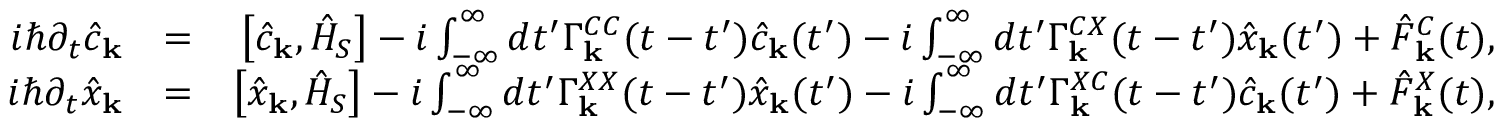
\begin{array} { r l r } { i \hbar \partial _ { t } \hat { c } _ { \bf k } } & { = } & { \left[ \hat { c } _ { \bf k } , \hat { H } _ { S } \right] - i \int _ { - \infty } ^ { \infty } d t ^ { \prime } \Gamma _ { \bf k } ^ { C C } ( t - t ^ { \prime } ) \hat { c } _ { \bf k } ( t ^ { \prime } ) - i \int _ { - \infty } ^ { \infty } d t ^ { \prime } \Gamma _ { \bf k } ^ { C X } ( t - t ^ { \prime } ) \hat { x } _ { \bf k } ( t ^ { \prime } ) + \hat { F } _ { \bf k } ^ { C } ( t ) , } \\ { i \hbar \partial _ { t } \hat { x } _ { \bf k } } & { = } & { \left[ \hat { x } _ { \bf k } , \hat { H } _ { S } \right] - i \int _ { - \infty } ^ { \infty } d t ^ { \prime } \Gamma _ { \bf k } ^ { X X } ( t - t ^ { \prime } ) \hat { x } _ { \bf k } ( t ^ { \prime } ) - i \int _ { - \infty } ^ { \infty } d t ^ { \prime } \Gamma _ { \bf k } ^ { X C } ( t - t ^ { \prime } ) \hat { c } _ { \bf k } ( t ^ { \prime } ) + \hat { F } _ { \bf k } ^ { X } ( t ) , } \end{array}